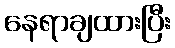
နေရာချထားပြီး